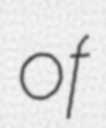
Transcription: of